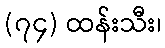
(၇၄) ထန်းသီး၊